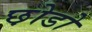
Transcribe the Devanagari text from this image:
छ़ोडो